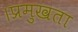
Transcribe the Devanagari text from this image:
।प्रमुखता